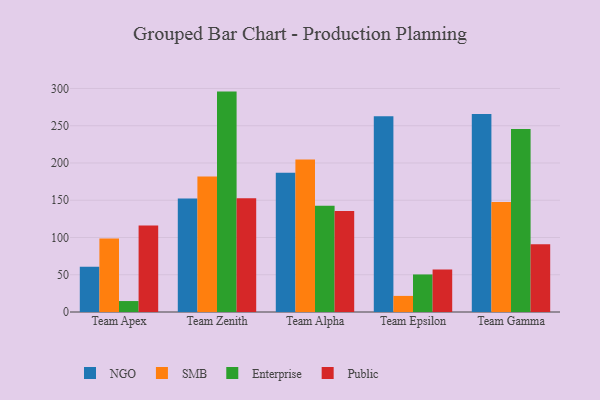
{"axis": {"x": "Team", "y": "Budget (USD K)"}, "legend": ["Enterprise", "NGO", "Public", "SMB"], "data": [{"x": "Team Apex", "y": 60.7, "type": "NGO"}, {"x": "Team Apex", "y": 98.7, "type": "SMB"}, {"x": "Team Apex", "y": 14.7, "type": "Enterprise"}, {"x": "Team Apex", "y": 116.0, "type": "Public"}, {"x": "Team Zenith", "y": 152.3, "type": "NGO"}, {"x": "Team Zenith", "y": 181.7, "type": "SMB"}, {"x": "Team Zenith", "y": 295.8, "type": "Enterprise"}, {"x": "Team Zenith", "y": 152.5, "type": "Public"}, {"x": "Team Alpha", "y": 186.9, "type": "NGO"}, {"x": "Team Alpha", "y": 204.6, "type": "SMB"}, {"x": "Team Alpha", "y": 142.5, "type": "Enterprise"}, {"x": "Team Alpha", "y": 135.5, "type": "Public"}, {"x": "Team Epsilon", "y": 262.8, "type": "NGO"}, {"x": "Team Epsilon", "y": 21.6, "type": "SMB"}, {"x": "Team Epsilon", "y": 50.4, "type": "Enterprise"}, {"x": "Team Epsilon", "y": 57.1, "type": "Public"}, {"x": "Team Gamma", "y": 265.6, "type": "NGO"}, {"x": "Team Gamma", "y": 147.5, "type": "SMB"}, {"x": "Team Gamma", "y": 245.6, "type": "Enterprise"}, {"x": "Team Gamma", "y": 91.0, "type": "Public"}]}